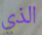
الذي